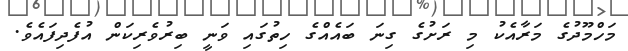
މަހްމޫދުގެ މަރާއެކު މި ރަށުގެ ގިނަ ބައެއްގެ ހިތުގައި ވަނީ ބިރުވެރިކަން އުފެދިފައެވެ.